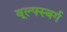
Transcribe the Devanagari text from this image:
वूल्फ्स्बर्ग